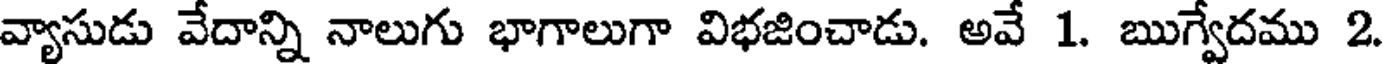
వ్యాసుడు వేదాన్ని నాలుగు భాగాలుగా విభజించాడు. అవే 1. ఋగ్వేదము 2